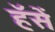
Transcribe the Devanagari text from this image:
हॅसें